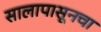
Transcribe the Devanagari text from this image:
सालापासूनचा